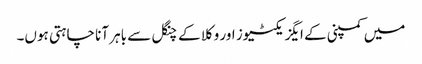
میں کمپنی کے ایگزیکٹیوز اور وکلا کے چنگل سے باہر آنا چاہتی ہوں۔